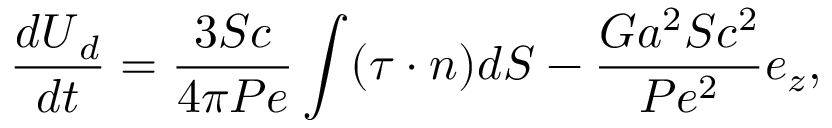
\frac { d \boldsymbol { U } _ { d } } { d t } = \frac { 3 S c } { 4 \pi P e } \int ( \boldsymbol { \tau } \cdot \boldsymbol { n } ) d S - \frac { G a ^ { 2 } S c ^ { 2 } } { P e ^ { 2 } } \boldsymbol { e } _ { z } ,